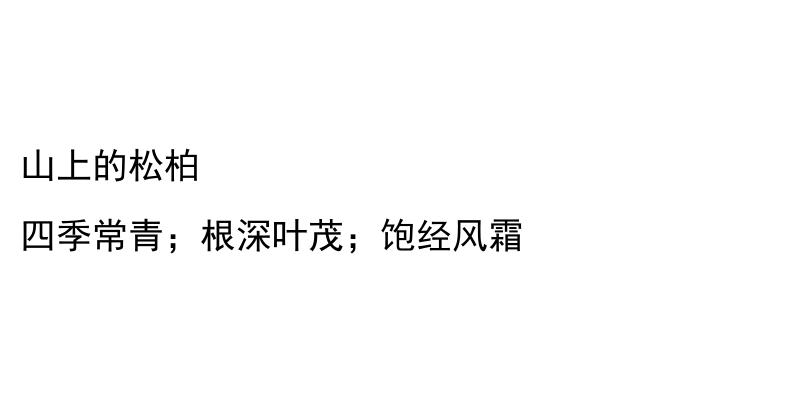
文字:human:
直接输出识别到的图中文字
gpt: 山上的松柏 四季常青；根深叶茂；饱经风霜